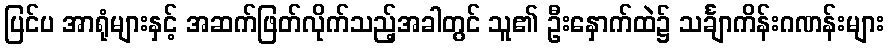
ပြင်ပ အာရုံများနှင့် အဆက်ဖြတ်လိုက်သည့်အခါတွင် သူ၏ ဦးနှောက်ထဲ၌ သင်္ချာကိန်းဂဏန်းများ